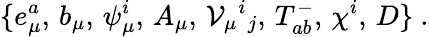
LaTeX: \{ e_{\mu}^{a},\, b_{\mu},\, \psi_{\mu}^{i},\, A_{\mu},\, {\cal V}_{\mu}{}^{i}{}_{j},\, T_{ab}^{-},\, \chi^{i},\, D\} \ .